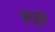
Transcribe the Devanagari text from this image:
सत्रुत